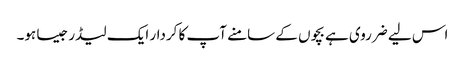
اس لیے ضرروی ہے بچوں کے سامنے آپ کا کردار ایک لیڈر جیسا ہو۔